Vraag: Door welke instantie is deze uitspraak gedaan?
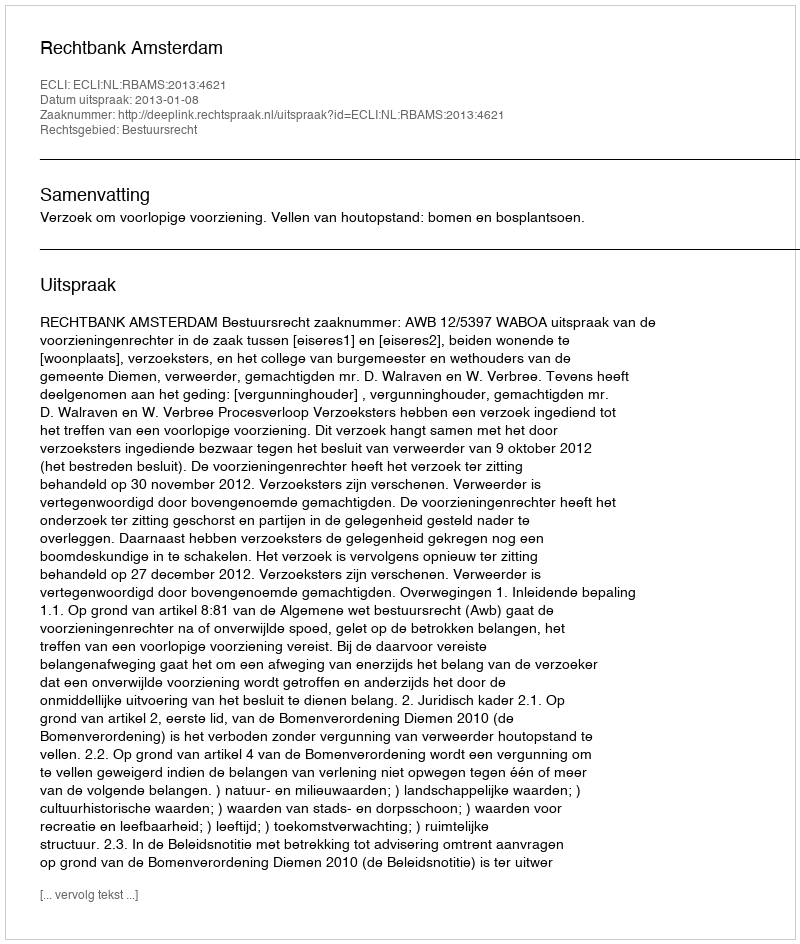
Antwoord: Rechtbank Amsterdam